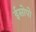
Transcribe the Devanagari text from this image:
ईसोपो